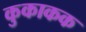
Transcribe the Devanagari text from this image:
कुकाकक